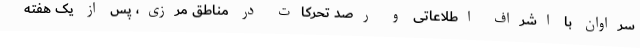
سراوان با اشراف اطلاعاتی و رصد تحرکات در مناطق مرزی، پس از یک هفته